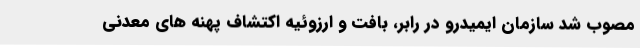
مصوب شد سازمان ایمیدرو در رابر، بافت و ارزوئیه اکتشاف پهنه های معدنی